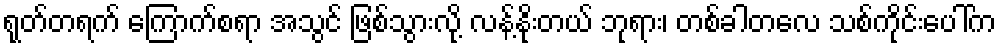
ရုတ်တရက် ကြောက်စရာ အသွင် ဖြစ်သွားလို့ လန့်နိုးတယ် ဘုရား၊ တစ်ခါတလေ သစ်ကိုင်းပေါ်က